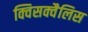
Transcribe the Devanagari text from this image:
क्विसक्वैलिस